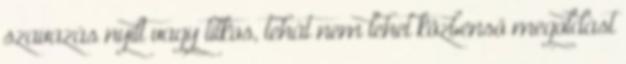
szavazás nyílt vagy titkos, tehát nem lehet közbenső megoldást